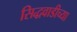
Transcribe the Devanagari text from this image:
सिद्धवाडीच्या